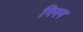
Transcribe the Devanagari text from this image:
गिनन